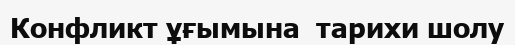
Конфликт ұғымына  тарихи шолу